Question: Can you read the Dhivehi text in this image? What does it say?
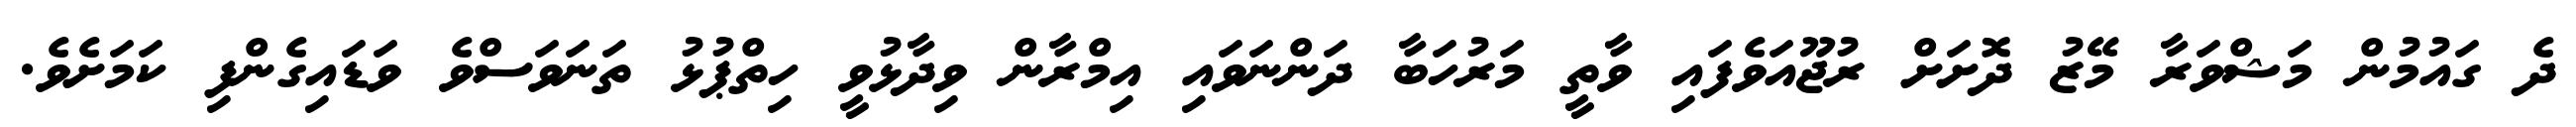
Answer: ދެ ގައުމުން މަޝްވަރާ މޭޒު ދޮށަށް ރުޖޫއަވެފައި ވާތީ މަރުހަބާ ދަންނަވައި އިމްރާން ވިދާޅުވީ ހިތްޕުޅު ތަނަވަސްވެ ވަޑައިގެންފި ކަމަށެވެ.